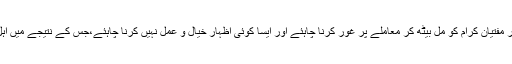
اسلامی نظریاتی کونسل، ہندو آبادی کے نمائندوں اور مفتیان کرام کو مل بیٹھ کر معاملے پر غور کرنا چاہئے اور ایسا کوئی اظہارِ خیال و عمل نہیں کرنا چاہئے،جس کے نتیجے میں اہل ِ پاکستان کی فراخ دِلی اور رواداری پر حرف آئے۔